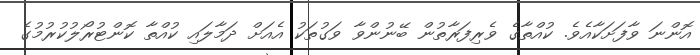
އޮންނަ ވާފަށަކާއެވެ. ކުއްތާގެ ވެރިފަރާތުން ބޭނުންވާ ވަގުތަކު އެއަށް ދަމާލައި ކުއްތާ ކޮންޓުރޯލުކުރުމުގެ